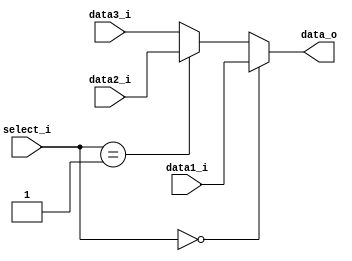
module MUX32_3
(
    data1_i,
    data2_i,
    data3_i,
    select_i,
    data_o
);

// Ports
input   [31:0]      data1_i;
input   [31:0]      data2_i;
input   [31:0]      data3_i;
input   [1:0]       select_i;
output  [31:0]      data_o; 


// Read Data      
assign  data_o = (select_i == 00)? data1_i :
				 (select_i == 01)? data2_i :
				 data3_i;
   
endmodule